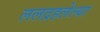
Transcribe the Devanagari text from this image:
ललद्रहलेल्या